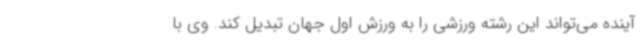
آینده می‌تواند این رشته ورزشی را به ورزش اول جهان تبدیل کند. وی با